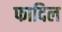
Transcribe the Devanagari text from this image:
फादिल